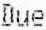
DUE